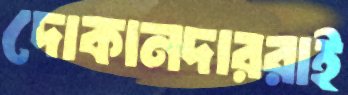
দোকানদাররাই